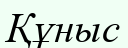
Құныс